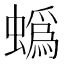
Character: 蟡